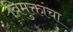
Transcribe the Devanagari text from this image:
विमुक्तांचा